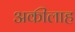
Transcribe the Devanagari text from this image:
अकीलाह